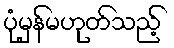
ပုံမှန်မဟုတ်သည့်